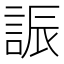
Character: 誫